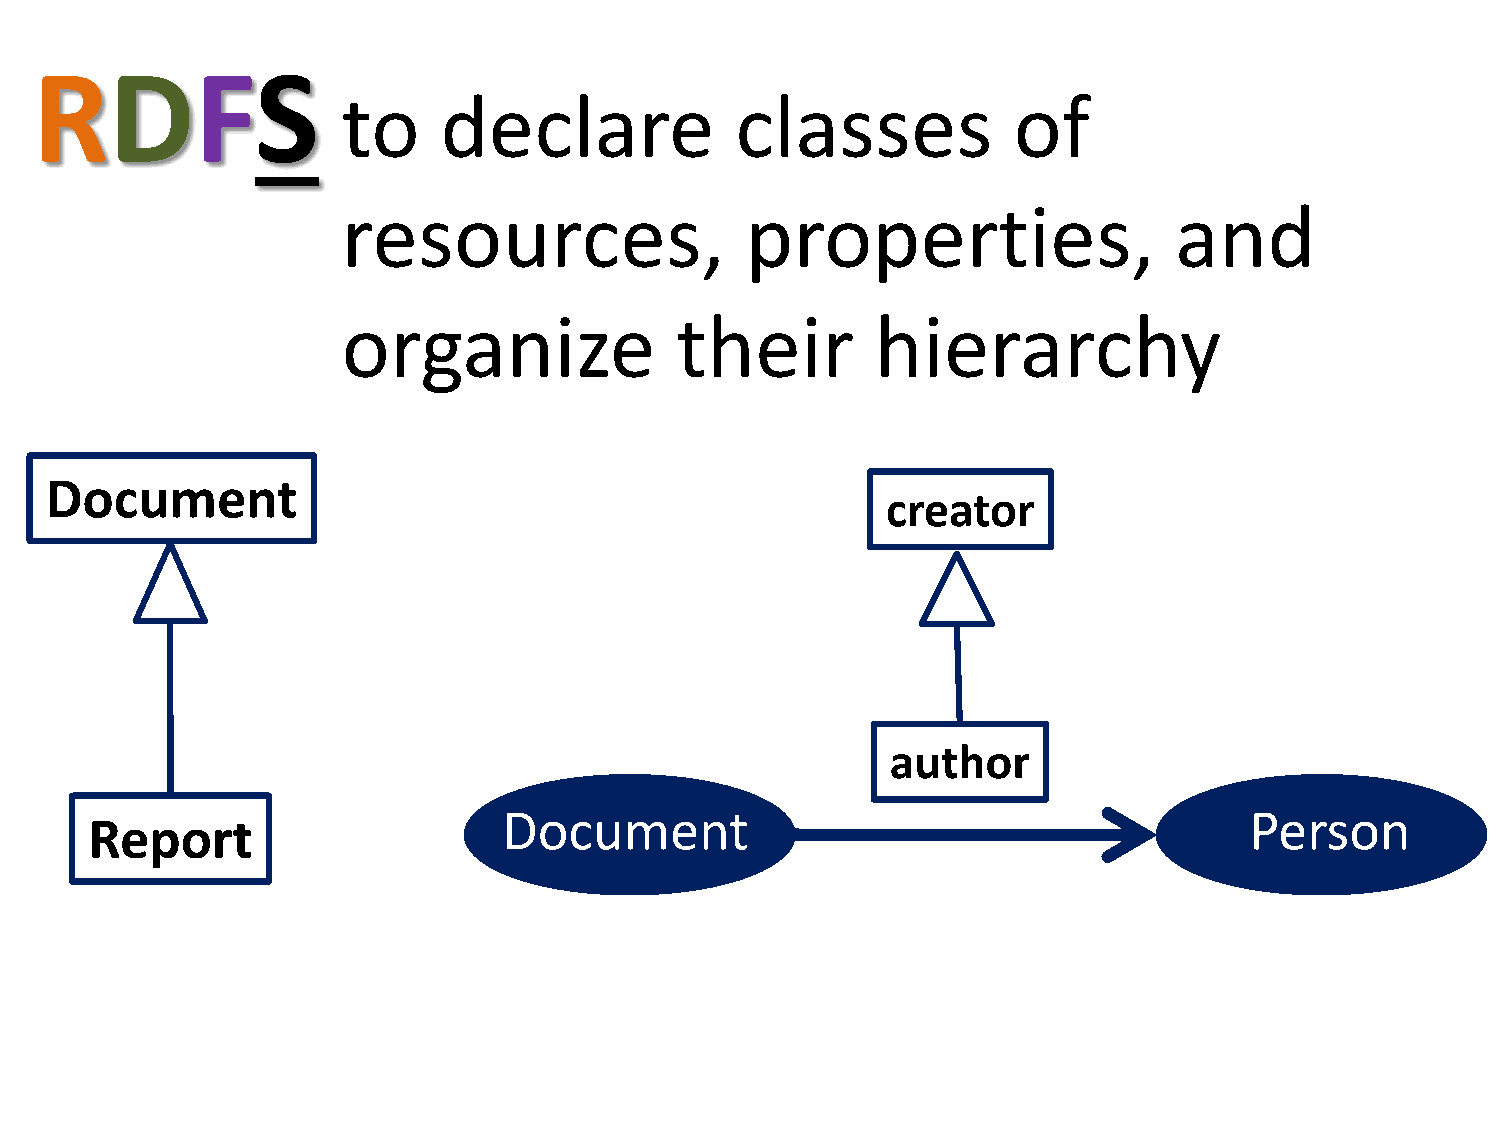
RDFS
 to    declare             classes           of
 resources,                properties,                  and
 organize              their        hierarchy
 Document
 creator
 author
 Document                                          Person
 Report